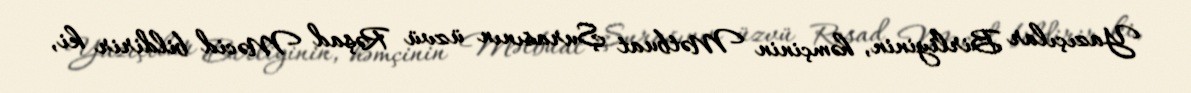
Yazıçılar Birliyinin, həmçinin Mətbuat Şurasının üzvü Rəşad Məcid bildirir ki,